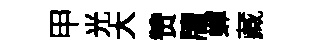
甲光大赞牘蟬藏